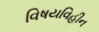
વિષયવિહીન